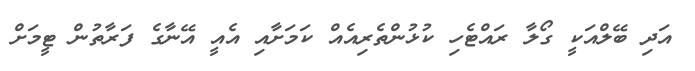
އަދި ބޭލްއަކީ ގޯލާ ރައްޓެހި ކުޅުންތެރިއެއް ކަމަށާއި އެއީ އޭނާގެ ފަރާތުން ޓީމަށް